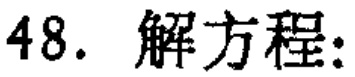
48. 解方程: